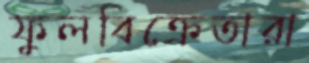
ফুলবিক্রেতারা